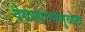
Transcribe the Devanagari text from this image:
देवस्थानामुळेच